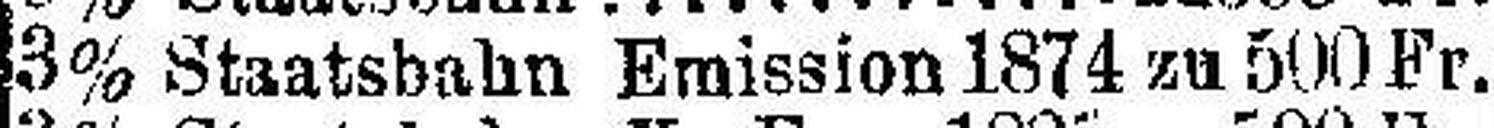
3% Staatsbahn Emission 1874 zu 500 Fr.